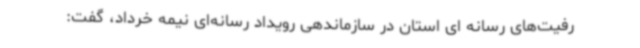
رفیت‌های رسانه ای استان در سازماندهی رویداد رسانه‌ای نیمه خرداد، گفت: